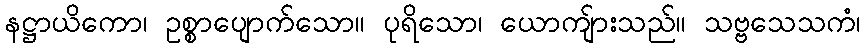
နဋ္ဌာယိကော၊ ဥစ္စာပျောက်သော။ ပုရိသော၊ ယောကျ်ားသည်။ သဗ္ဗသေသကံ၊